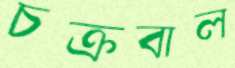
চক্রবাল